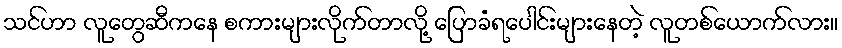
သင်ဟာ လူတွေဆီကနေ စကားများလိုက်တာလို့ ပြောခံရပေါင်းများနေတဲ့ လူတစ်ယောက်လား။